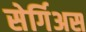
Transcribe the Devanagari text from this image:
सेर्गिअस